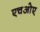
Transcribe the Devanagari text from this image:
एचओए